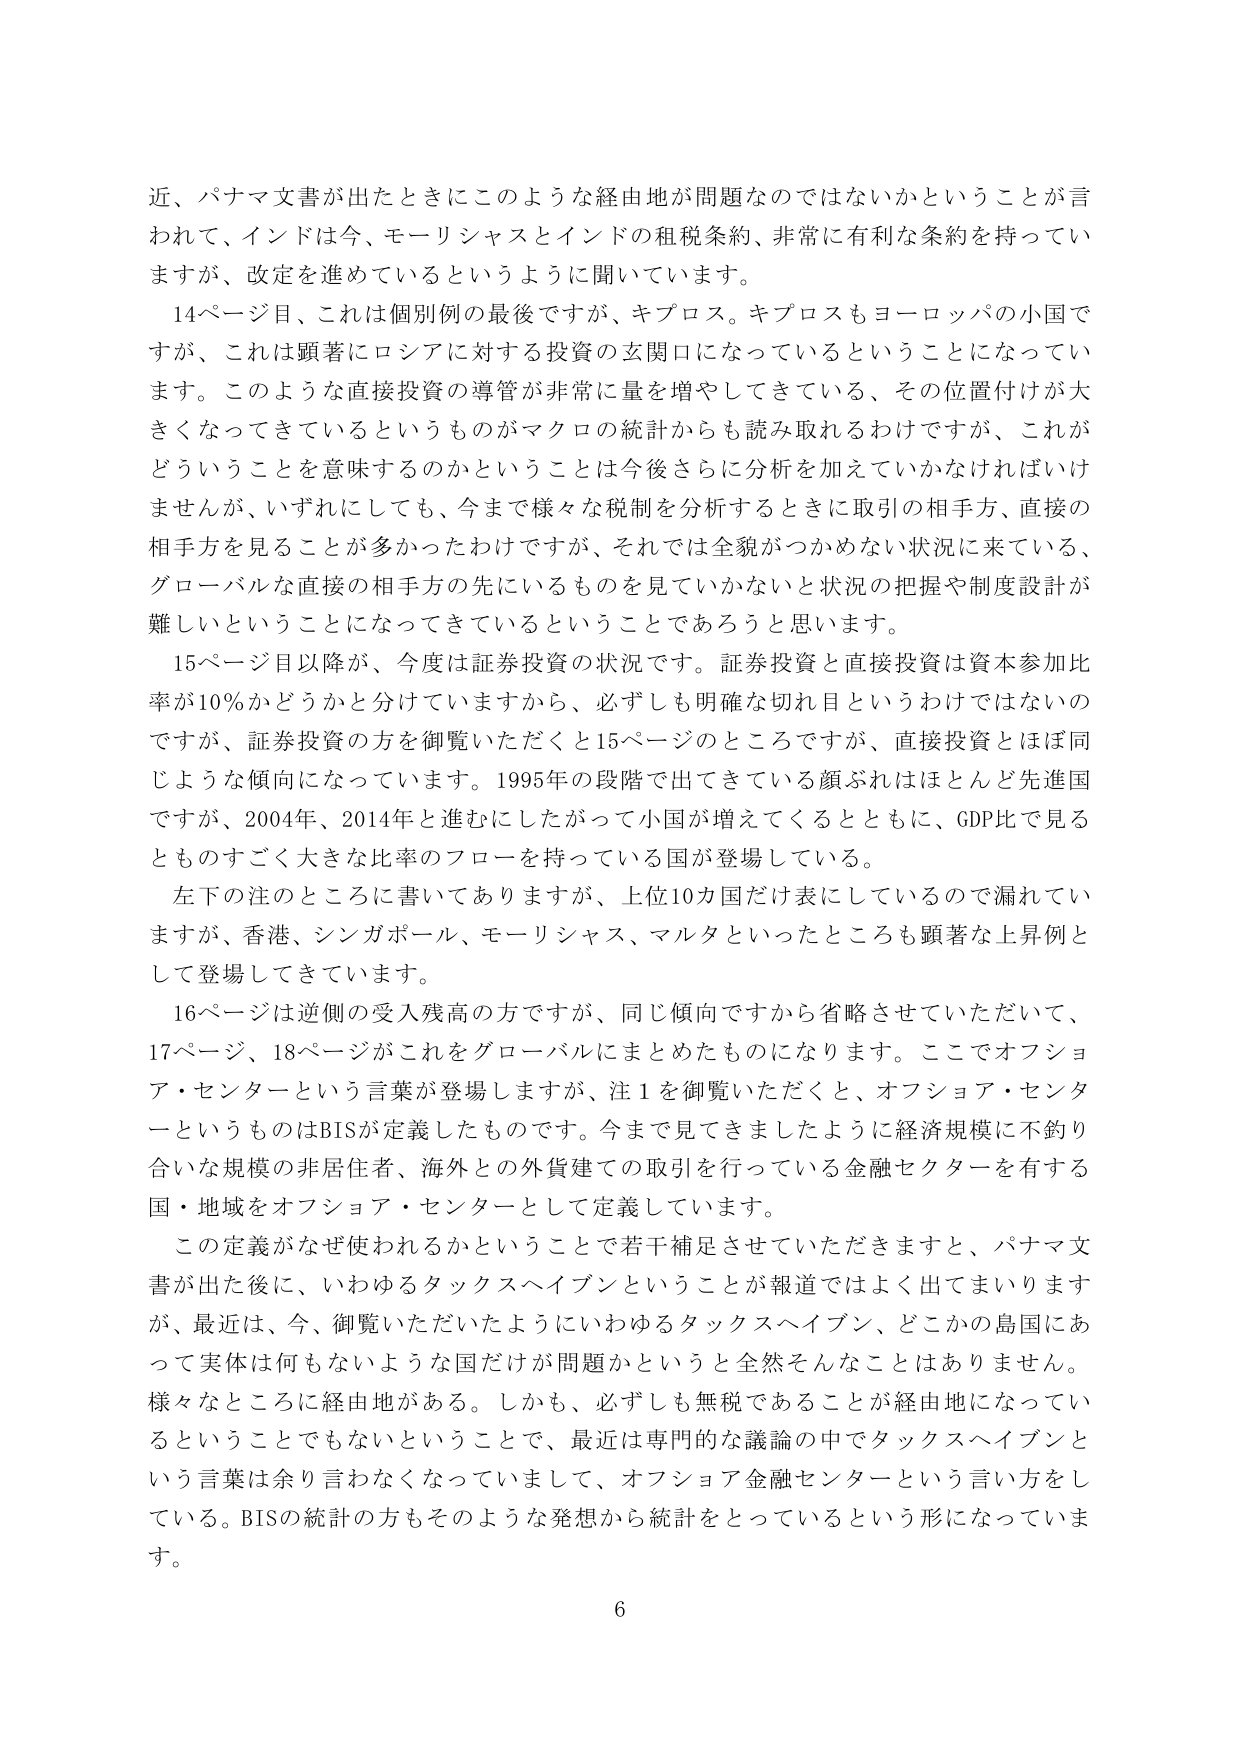
近、パナマ文書が出たときにこのような経由地が問題なのではないかということが言われて、インドは今、モーリシャスとインドの租税条約、非常に有利な条約を持っていますが、改定を進めているというように聞いています。

14ページ目、これは個別例の最後ですが、キプロス。キプロスもヨーロッパの小国ですが、これは顕著にロシアに対する投資の玄関口になっているということになっています。このような直接投資の導管が非常に量を増やしてきている、その位置付けが大きくなってきているというものがマクロの統計からも読み取れるわけですが、これがどういうことを意味するのかということは今後さらに分析を加えていかなければいけませんが、いずれにしても、今まで様々な税制を分析するときに取引の相手方、直接の相手方を見ることが多かったわけですが、それでは全貌がつかめない状況に来ている、グローバルな直接の相手方の先にいるものを見ていかない状況の把握や制度設計が難しいということになってきているということであろうと思います。

15ページ目以降が、今度は証券投資の状況です。証券投資と直接投資は資本参加比率が10％かどうかと分けていますから、必ずしも明確な切れ目というわけではないのですが、証券投資の方を御覧いただくと15ページのところですが、直接投資とほぼ同じような傾向になっています。1995年の段階で出てきている顔ぶれはほとんど先進国ですが、2004年、2014年と進むにしたがって小国が増えてくるとともに、GDP比で見るとものすごく大きな比率のフローを持っている国が登場している。

左下の注のところに書いてありますが、上位10カ国だけ表にしているので漏れていますが、香港、シンガポール、モーリシャス、マルタといったところも顕著な上昇例として登場してきています。

16ページは逆側の受入残高の方ですが、同じ傾向ですから省略させていただいて、17ページ、18ページがこれをグローバルにまとめたものになります。ここでオフショア・センターという言葉が登場しますが、注1を御覧いただくと、オフショア・センターというものはBISが定義したものです。今まで見てきましたように経済規模に不釣合いな規模の非居住者、海外との外貨建ての取引を行っている金融セクターを有する国・地域をオフショア・センターとして定義しています。

この定義がなぜ使われるかということで若干補足させていただきますと、パナマ文書が出た後に、いわゆるタックスヘイブンということが報道ではよく出てまいりますが、最近は、今、御覧いただいたようにいわゆるタックスヘイブン、どこかの島国にあって実体は何もないような国だけが問題かというと全然そんなことはありません。様々なところに経由地がある。しかも、必ずしも無税であることが経由地になっているということでもないということで、最近は専門的な議論の中でタックスヘイブンという言葉は余り言わなくなってしまって、オフショア金融センターという言い方をしている。BISの統計の方もそのような発想から統計をとっているという形になっています。

6